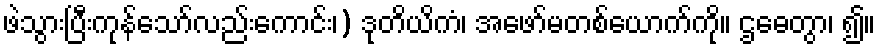
ဖဲသွားပြီးကုန်သော်လည်းကောင်း၊) ဒုတိယိကံ၊ အဖော်မတစ်ယောက်ကို။ ဌဓေတွာ၊ ၍။